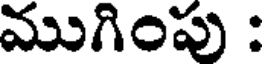
ముగింపు :